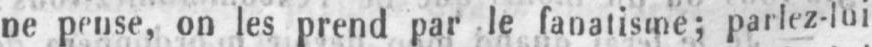
ne pense, on les prend par le fanatisme: parlez-lui